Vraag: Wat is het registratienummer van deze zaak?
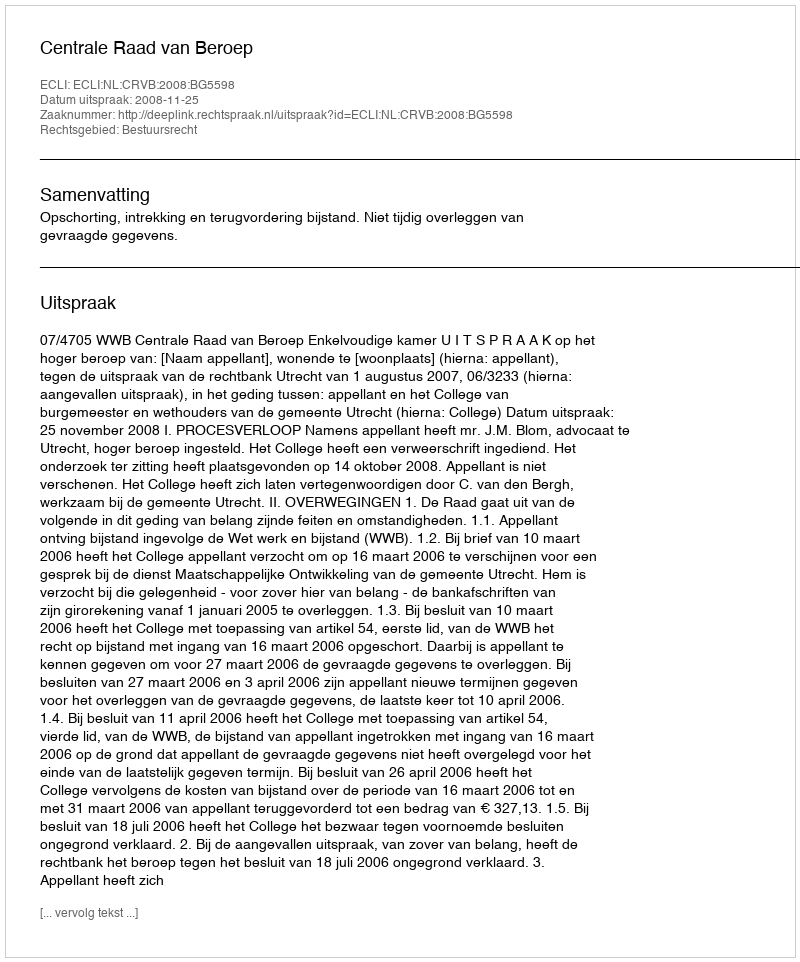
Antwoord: http://deeplink.rechtspraak.nl/uitspraak?id=ECLI:NL:CRVB:2008:BG5598